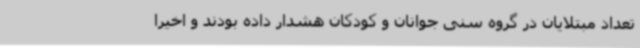
تعداد مبتلایان در گروه سنی جوانان و کودکان هشدار داده بودند و اخیرا